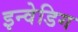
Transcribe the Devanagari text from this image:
इन्वेडिग